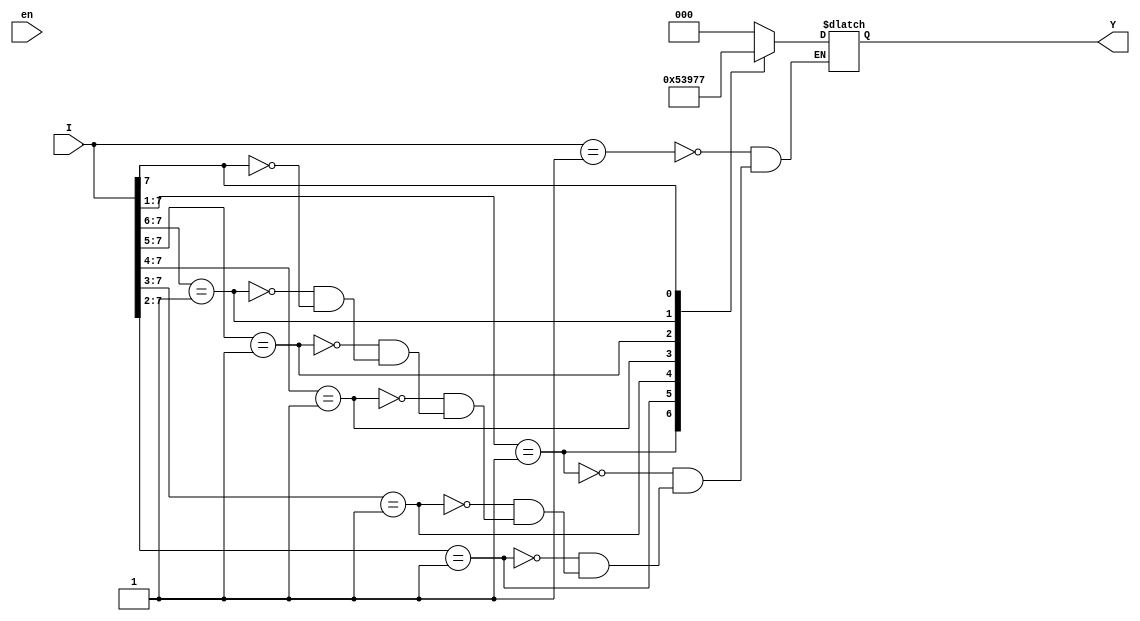
// This program was cloned from: https://github.com/matthewdelorenzo/CreativEval
// License: BSD 3-Clause "New" or "Revised" License

//Behavioral description of Encoder with priority
//See example 9-6
module top(I,Y,en);
input [7:0]I;
input en;
output [2:0]Y;
reg [2:0]Y;
always @(I)
begin
	casex(I)
	8'b00000001 : Y=3'b000;
	8'b0000001x : Y=3'b001;
	8'b000001xx : Y=3'b010;
	8'b00001xxx : Y=3'b011;
	8'b0001xxxx : Y=3'b100;
	8'b001xxxxx : Y=3'b101;
	8'b01xxxxxx : Y=3'b110;
	8'b1xxxxxxx : Y=3'b111;
	endcase
end	
endmodule